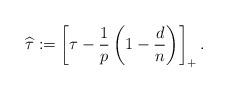
LaTeX: \begin{align*}\widehat\tau:=\left[\tau-\frac{1}{p}\left(1-\frac{d}{n}\right)\right]_+.\end{align*}